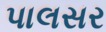
પાલસર